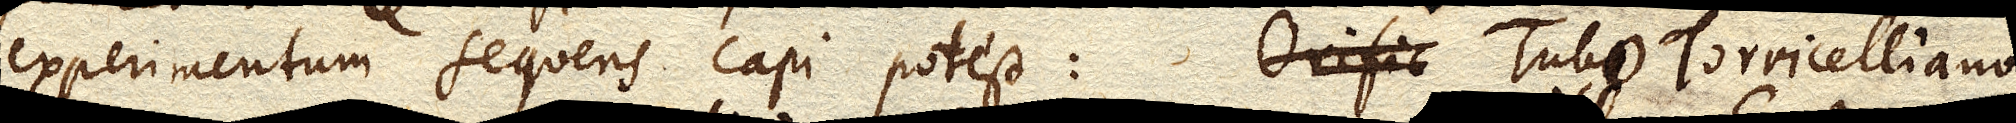
experimentum sequens capi potest: Tubo Torricelliano